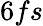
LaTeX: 6fs